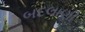
બદલાણી